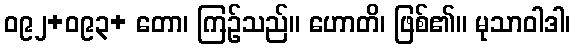
ဝ၉၂+ဝ၉၃+ တော၊ ကြဉ်သည်။ ဟောတိ၊ ဖြစ်၏။ မုသာဝါဒါ၊